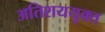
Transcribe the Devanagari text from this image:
अतिशययुक्त